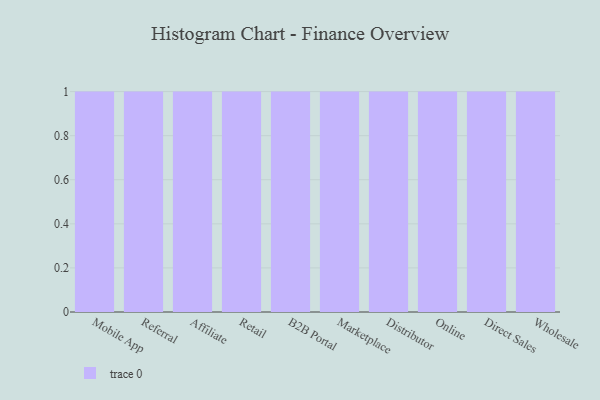
{"axis": {"x": "Channel", "y": "Production Output"}, "legend": [""], "data": [{"x": "Mobile App", "y": 97, "type": ""}, {"x": "Referral", "y": 66, "type": ""}, {"x": "Affiliate", "y": 90, "type": ""}, {"x": "Retail", "y": 79, "type": ""}, {"x": "B2B Portal", "y": 9, "type": ""}, {"x": "Marketplace", "y": 41, "type": ""}, {"x": "Distributor", "y": 76, "type": ""}, {"x": "Online", "y": 83, "type": ""}, {"x": "Direct Sales", "y": 7, "type": ""}, {"x": "Wholesale", "y": 78, "type": ""}]}